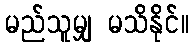
မည်သူမျှ မသိနိုင်။